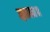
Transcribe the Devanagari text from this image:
हाल।